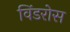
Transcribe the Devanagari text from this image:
विंडरोस